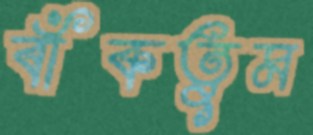
বাঁকতুম